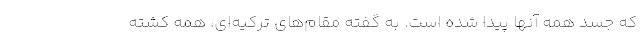
که جسد همه آنها پیدا شده است. به گفته مقام‌های ترکیه‌ای، همه کشته